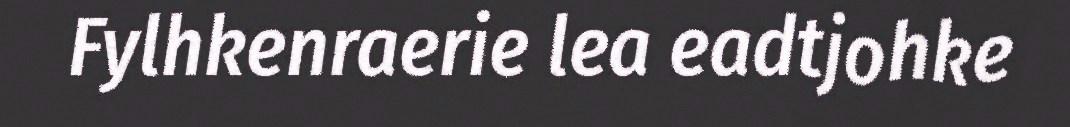
Fylhkenraerie lea eadtjohke